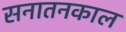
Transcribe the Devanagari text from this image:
सनातनकाल